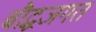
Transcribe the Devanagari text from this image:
बौद्धजगत